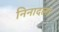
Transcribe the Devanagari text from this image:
निनादला